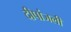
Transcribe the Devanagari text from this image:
दीपांजली